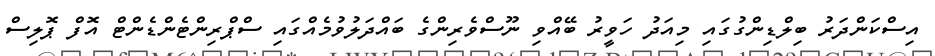
އިސްކަންދަރު ބިލްޑިންގުގައި މިއަދު ހަވީރު ބޭއްވި ނޫސްވެރިންގެ ބައްދަލުވުމެއްގައި ސްޕްރިންޓެންޑެންޓް އޮފް ޕޮލިސް